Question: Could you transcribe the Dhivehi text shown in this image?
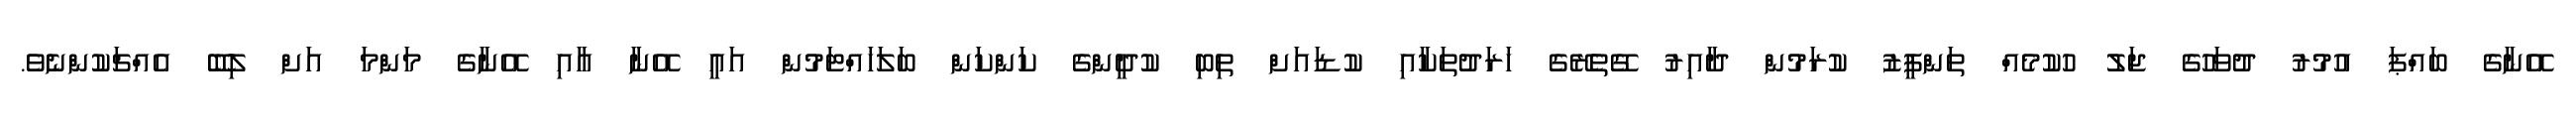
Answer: އޭނާގެ ބައްޕަ އުމުރު ދުވަހުގެ ޖަލު ހުކުމެއް ތަންފީޒު ކުރަމުން ދާއިރު ގޭތެރޭގެ ހަރަދުތަކާއި ކުޑައަށް ތިބި ކުދީންގެ ކަންކަން ބަލަހައްޓަމުން އައީ އޭނާ އާއި އޭނާގެ މަންމަ އަށް ލިބޭ އެއްޗަކުންނެވެ.